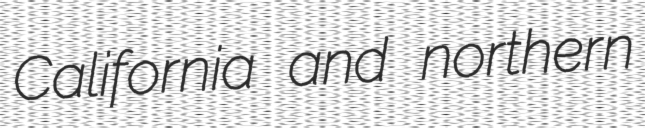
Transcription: California and northern